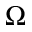
\Omega